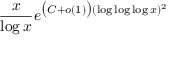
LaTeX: { \frac { x } { \log x } } e ^ { { \big ( } C + o ( 1 ) { \big ) } ( \log \log \log x ) ^ { 2 } }